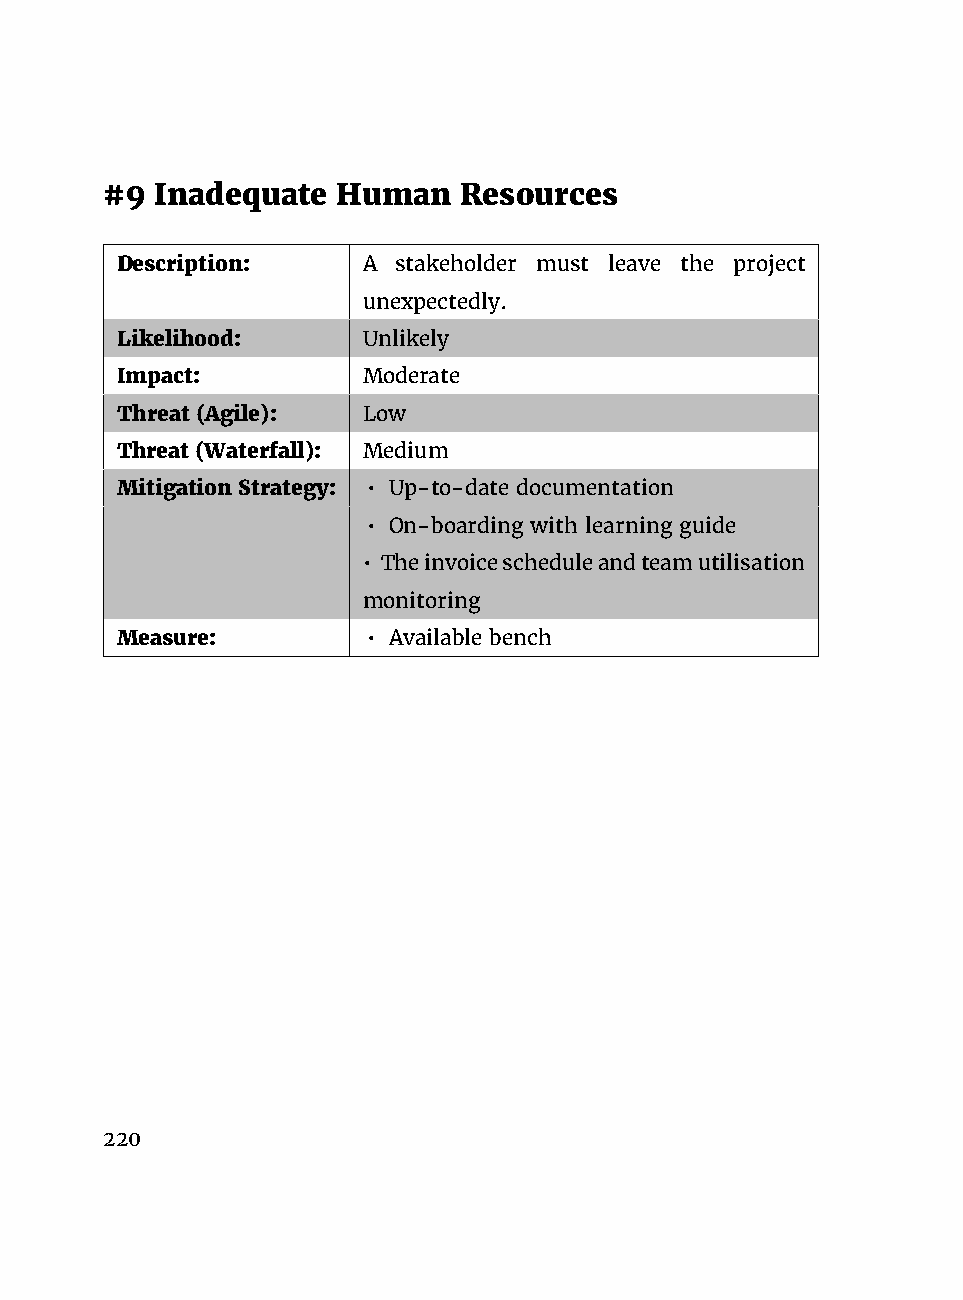
#9 Inadequate  Human    Resources
 Description:    A stakeholder must leave the project
 unexpectedly.
 Likelihood:     Unlikely
 Impact:         Moderate
 Threat (Agile): Low
 Threat (Waterfall): Medium
 Mitigation Strategy: • Up-to-date documentation
 • On-boarding with learning guide
 • Theinvoicescheduleandteamutilisation
 monitoring
 Measure:        • Available bench
 220